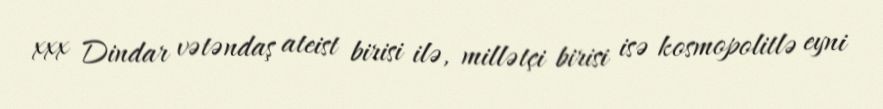
xxx Dindar vətəndaş ateist birisi ilə, millətçi birisi isə kosmopolitlə eyni